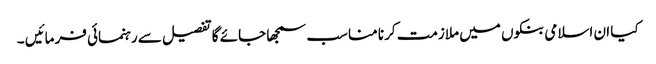
کیا ان اسلامی بنکوں میں ملازمت کرنا مناسب سمجھا جائے گا تفصیل سے رہنمائی فرمائیں ۔